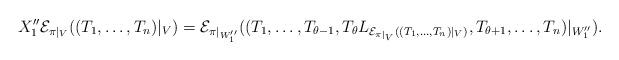
LaTeX: \begin{align*}X''_1\mathcal{E}_{\pi|_{V}}((T_1, \ldots, T_n)|_ {V}) = \mathcal{E}_{\pi|_{W''_1}}((T_1, \ldots, T_{\theta - 1}, T_\theta L_{\mathcal{E}_{\pi|_{V}}((T_1, \ldots, T_n)|_ {V})}, T_{\theta + 1}, \ldots, T_n)|_ {W''_1}).\end{align*}